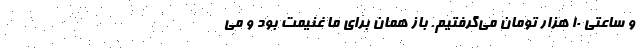
و ساعتی ۱۰ هزار تومان می‌گرفتیم. باز همان برای ما غنیمت بود و می‌